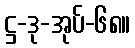
ဋ္ဌ-ဒု-အုပ်-၆၈။